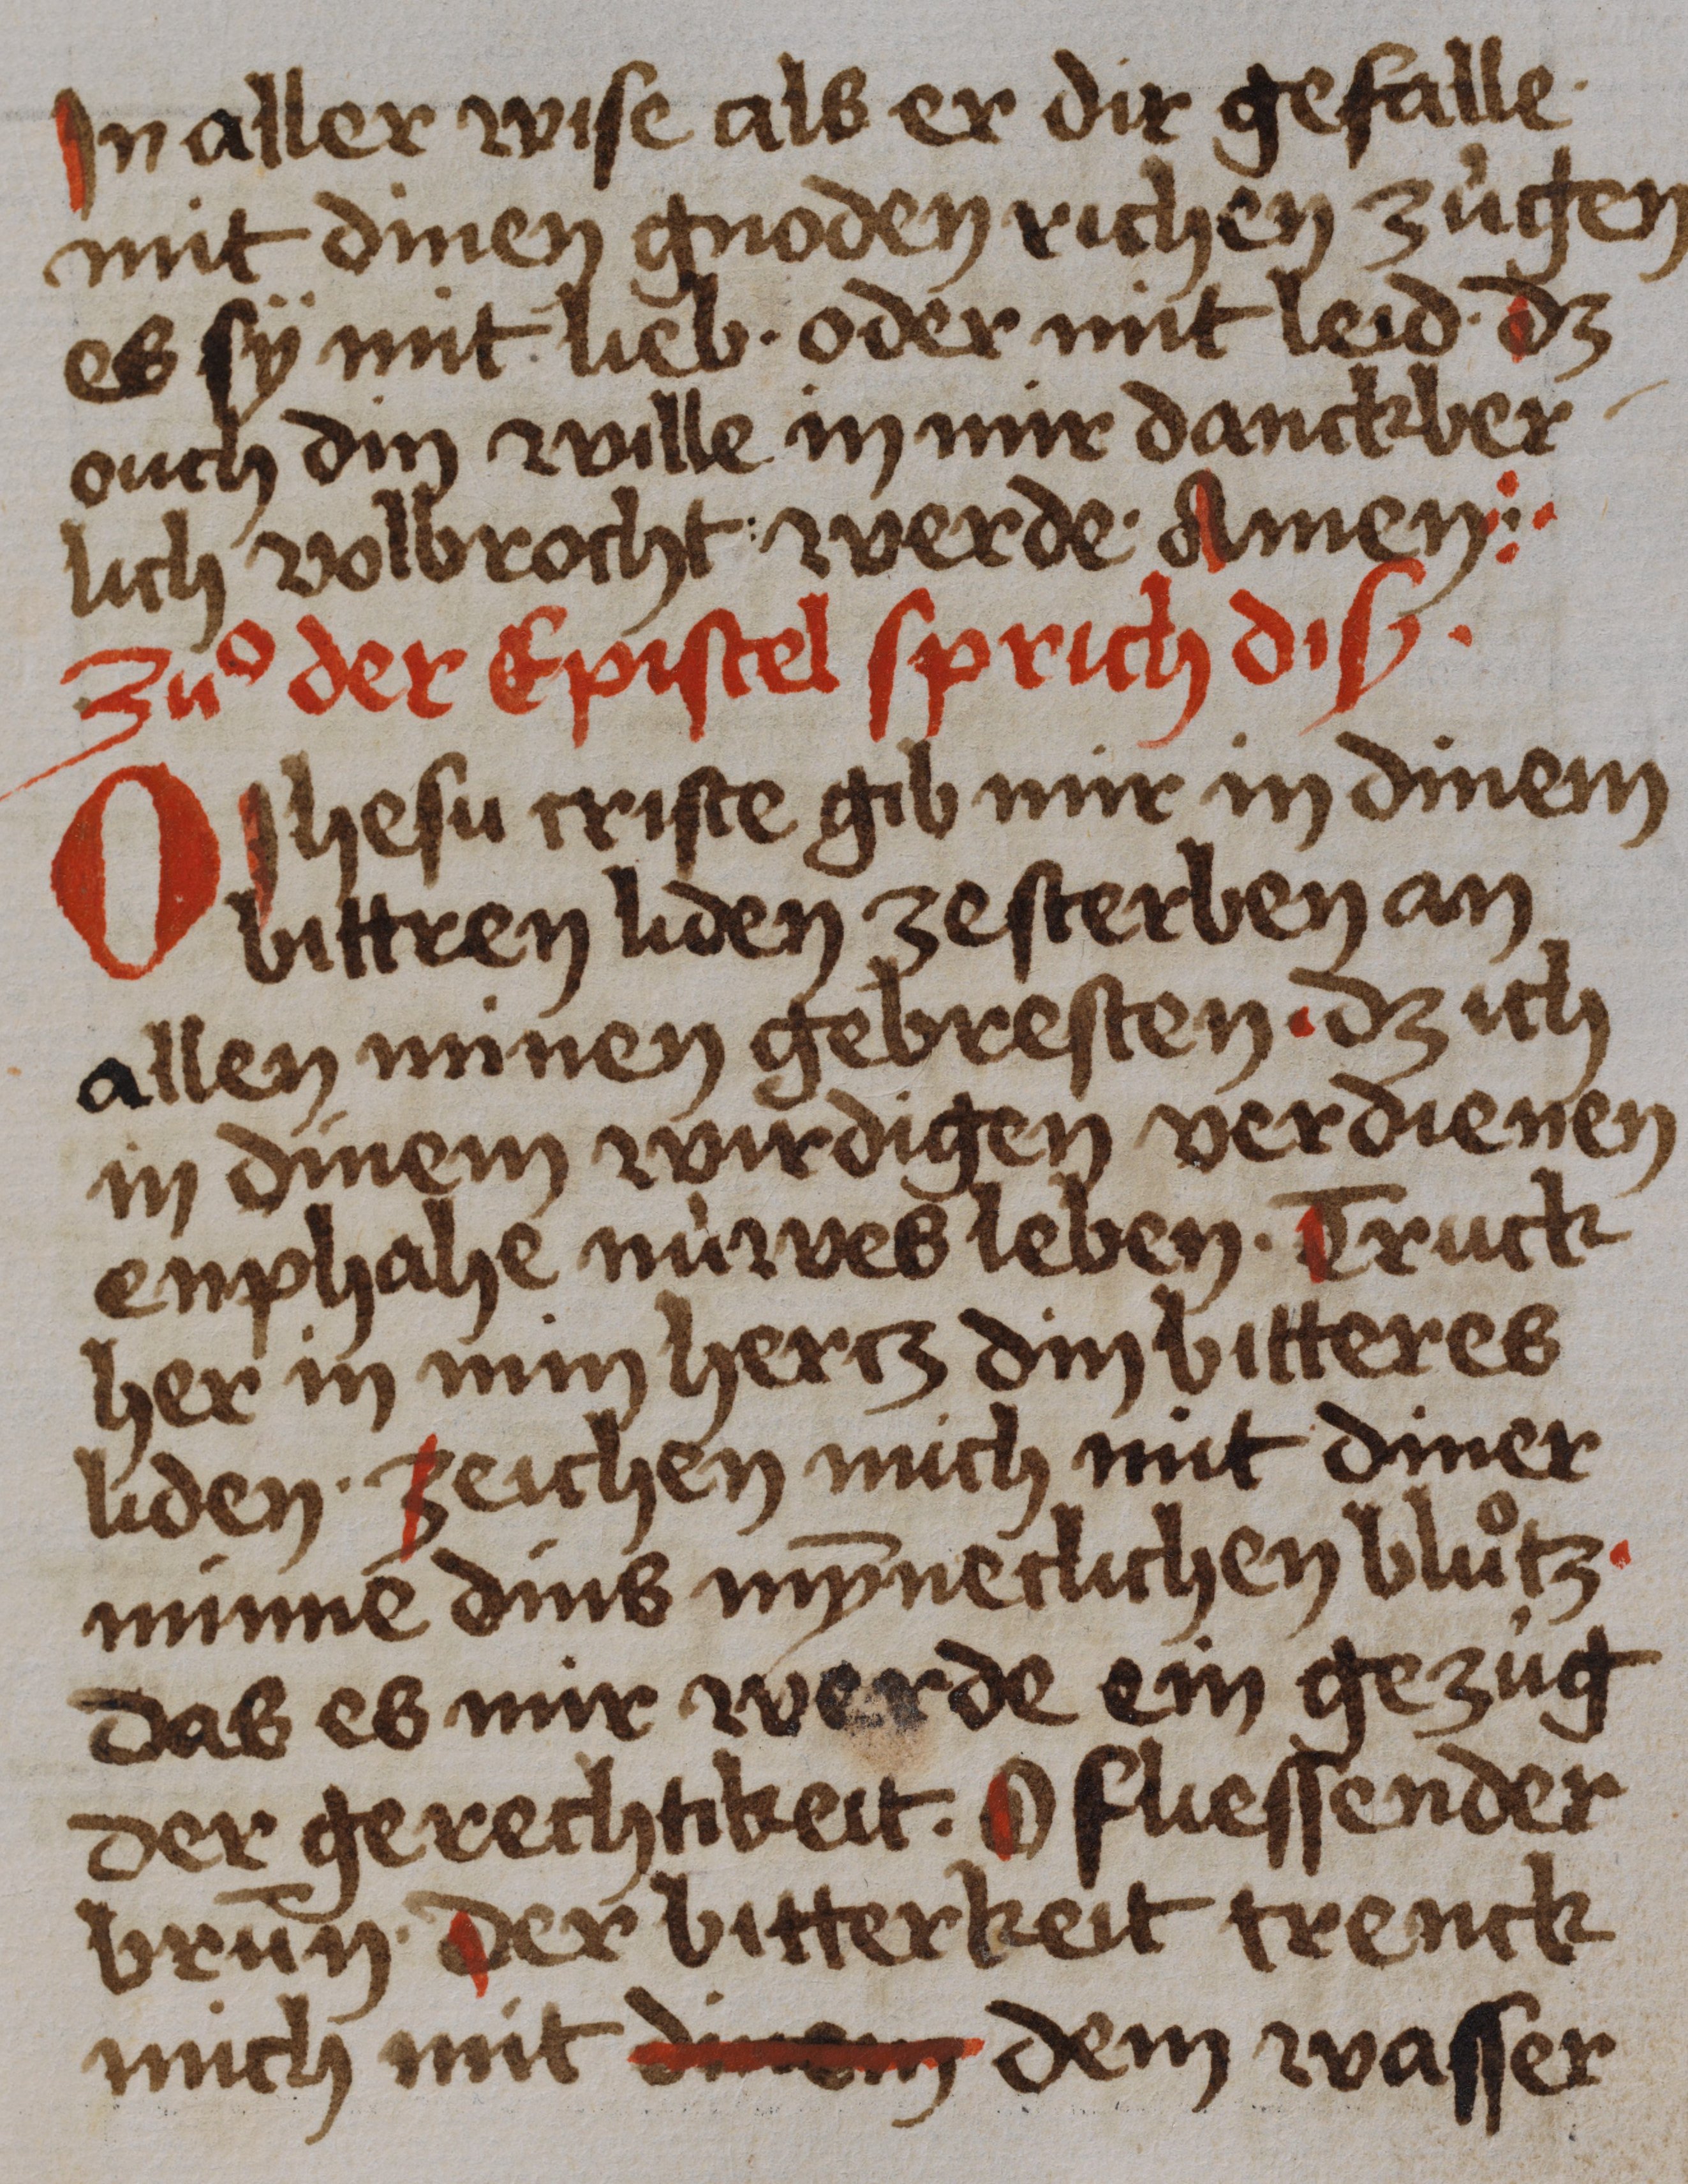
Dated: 1450–1499